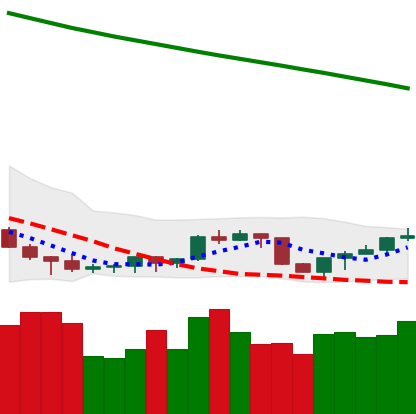
Ticker: NEO-USD
Chart end date: 2022-07-17
Forward return: 13.221%
Label: up_7plus